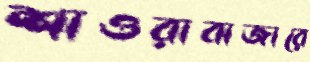
শাওরাবাজারে